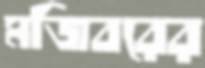
মজিবরের